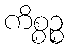
ကိစ္စဉ္စ